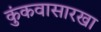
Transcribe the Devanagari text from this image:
कुंकवासारखा